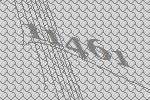
11461